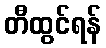
တီထွင်ရန်